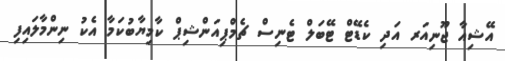
އޭޝިއާ ޖޫނިއަރ އަދި ކެޑޭޓް ޓޭބަލް ޓެނިސް ޗެމްޕިއަންޝިޕް ކާމިޔާބުކަމާ އެކު ނިންމާލައިފި